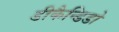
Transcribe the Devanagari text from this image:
डीकैन्डिडो